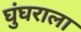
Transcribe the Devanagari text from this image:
घुंघराला